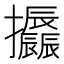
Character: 𢺪